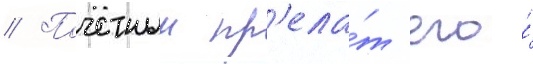
// Почетныи пр'ела́т его́